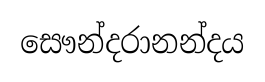
සෞන්දරානන්දය